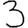
Digit: 3